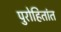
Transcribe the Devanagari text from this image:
पुरोहितांत